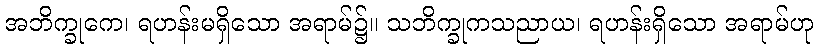
အဘိက္ခုကေ၊ ရဟန်းမရှိသော အရာမ်၌။ သဘိက္ခုကသညာယ၊ ရဟန်းရှိသော အရာမ်ဟု